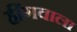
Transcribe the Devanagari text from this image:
हींगवाला